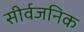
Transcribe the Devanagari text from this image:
सीर्वजनिक